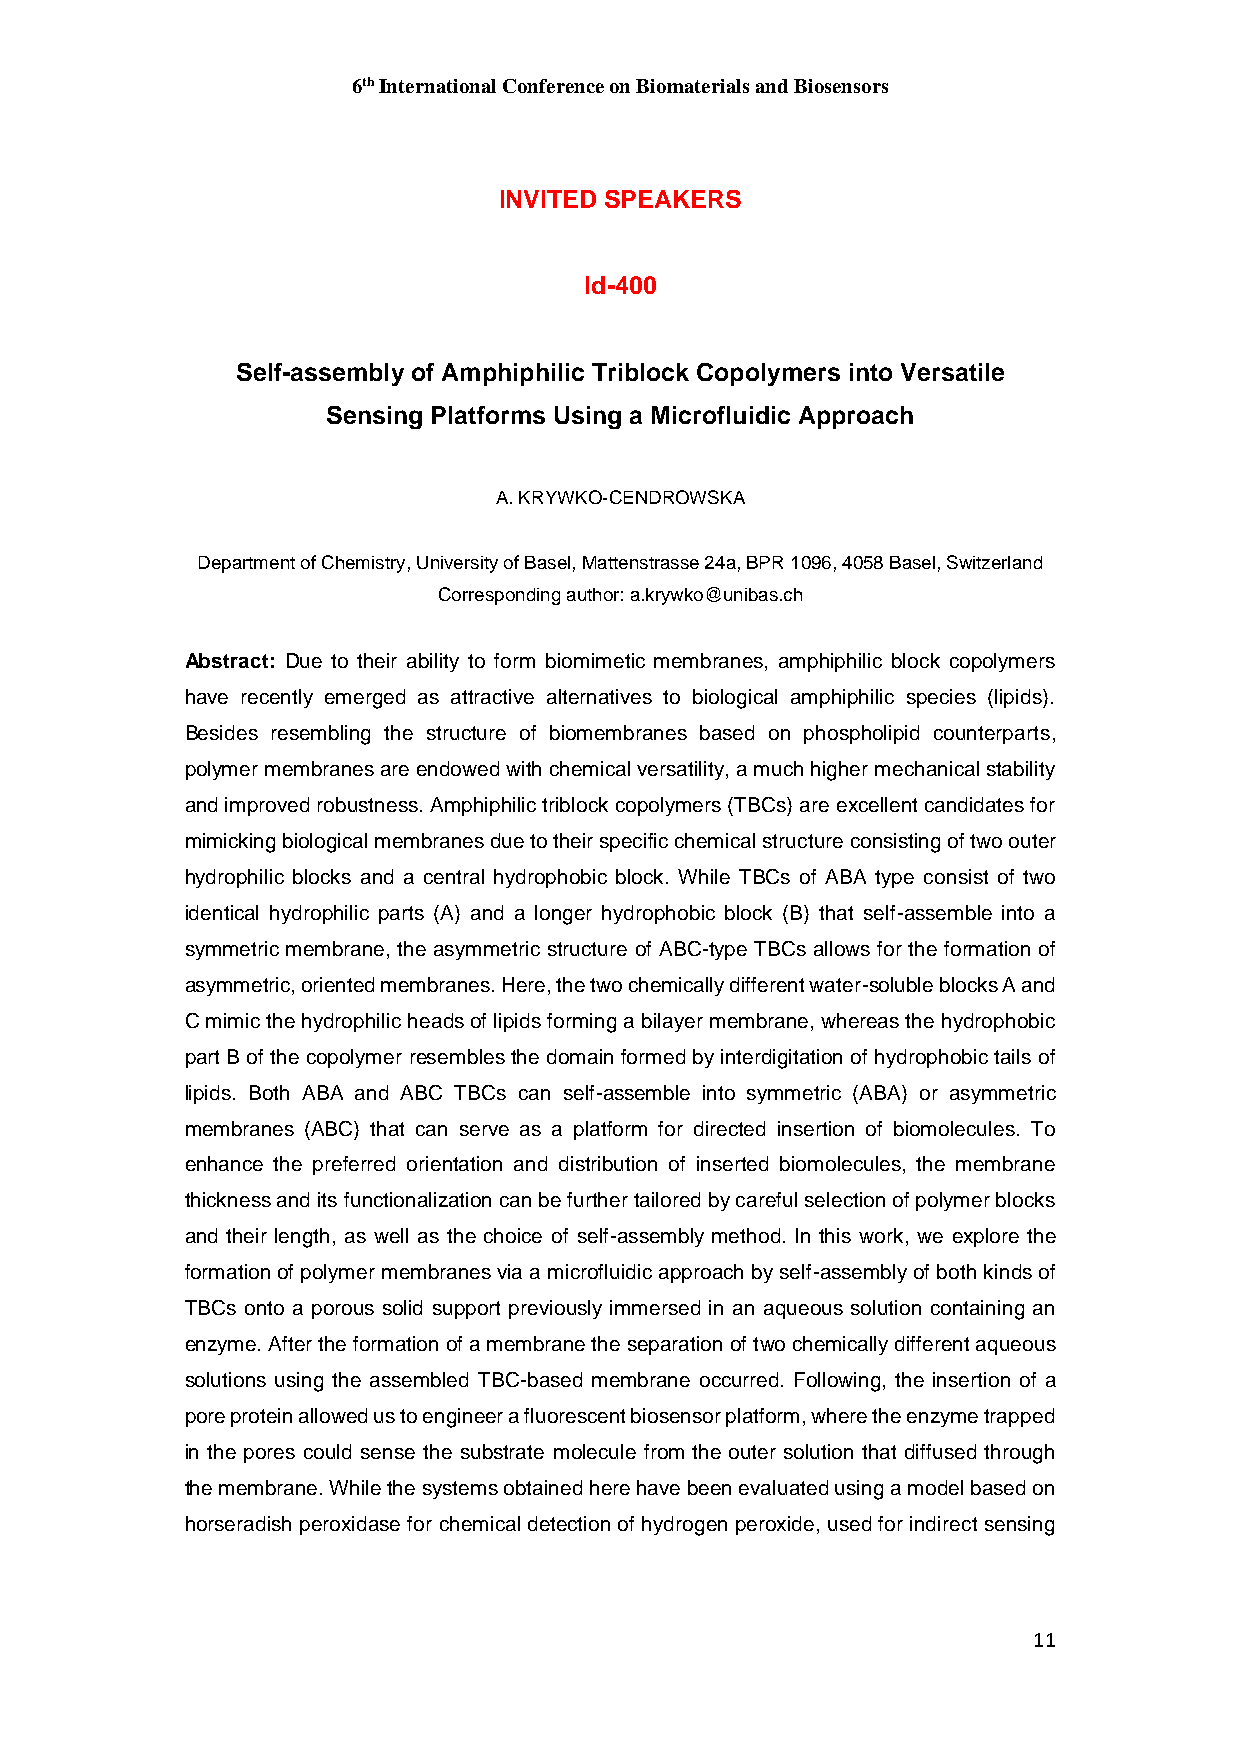
6th International Conference on Biomaterials and Biosensors
 INVITED SPEAKERS
 Id-400
 Self-assembly of Amphiphilic Triblock Copolymers into Versatile
 Sensing Platforms Using a Microfluidic Approach
 A. KRYWKO-CENDROWSKA
 Department of Chemistry, University of Basel, Mattenstrasse 24a, BPR 1096, 4058 Basel, Switzerland
 Corresponding author: a.krywko@unibas.ch
 Abstract: Due to their ability to form biomimetic membranes, amphiphilic block copolymers
 have recently emerged as attractive alternatives to biological amphiphilic species (lipids).
 Besides resembling the structure of biomembranes based on phospholipid counterparts,
 polymer membranes are endowed with chemical versatility, a much higher mechanical stability
 and improved robustness. Amphiphilic triblock copolymers (TBCs) are excellent candidates for
 mimicking biological membranes due to their specific chemical structure consisting of two outer
 hydrophilic blocks and a central hydrophobic block. While TBCs of ABA type consist of two
 identical hydrophilic parts (A) and a longer hydrophobic block (B) that self-assemble into a
 symmetric membrane, the asymmetric structure of ABC-type TBCs allows for the formation of
 asymmetric, oriented membranes. Here, the two chemically different water-soluble blocks A and
 C mimic the hydrophilic heads of lipids forming a bilayer membrane, whereas the hydrophobic
 part B of the copolymer resembles the domain formed by interdigitation of hydrophobic tails of
 lipids. Both ABA and ABC TBCs can self-assemble into symmetric (ABA) or asymmetric
 membranes (ABC) that can serve as a platform for directed insertion of biomolecules. To
 enhance the preferred orientation and distribution of inserted biomolecules, the membrane
 thickness and its functionalization can be further tailored by careful selection of polymer blocks
 and their length, as well as the choice of self-assembly method. In this work, we explore the
 formation of polymer membranes via a microfluidic approach by self-assembly of both kinds of
 TBCs onto a porous solid support previously immersed in an aqueous solution containing an
 enzyme. After the formation of a membrane the separation of two chemically different aqueous
 solutions using the assembled TBC-based membrane occurred. Following, the insertion of a
 pore protein allowed us to engineer a fluorescent biosensor platform, where the enzyme trapped
 in the pores could sense the substrate molecule from the outer solution that diffused through
 the membrane. While the systems obtained here have been evaluated using a model based on
 horseradish peroxidase for chemical detection of hydrogen peroxide, used for indirect sensing
 11